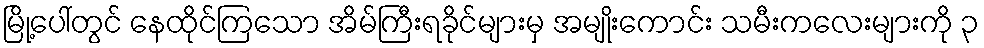
မြို့ပေါ်တွင် နေထိုင်ကြသော အိမ်ကြီးရခိုင်များမှ အမျိုးကောင်း သမီးကလေးများကို ၃